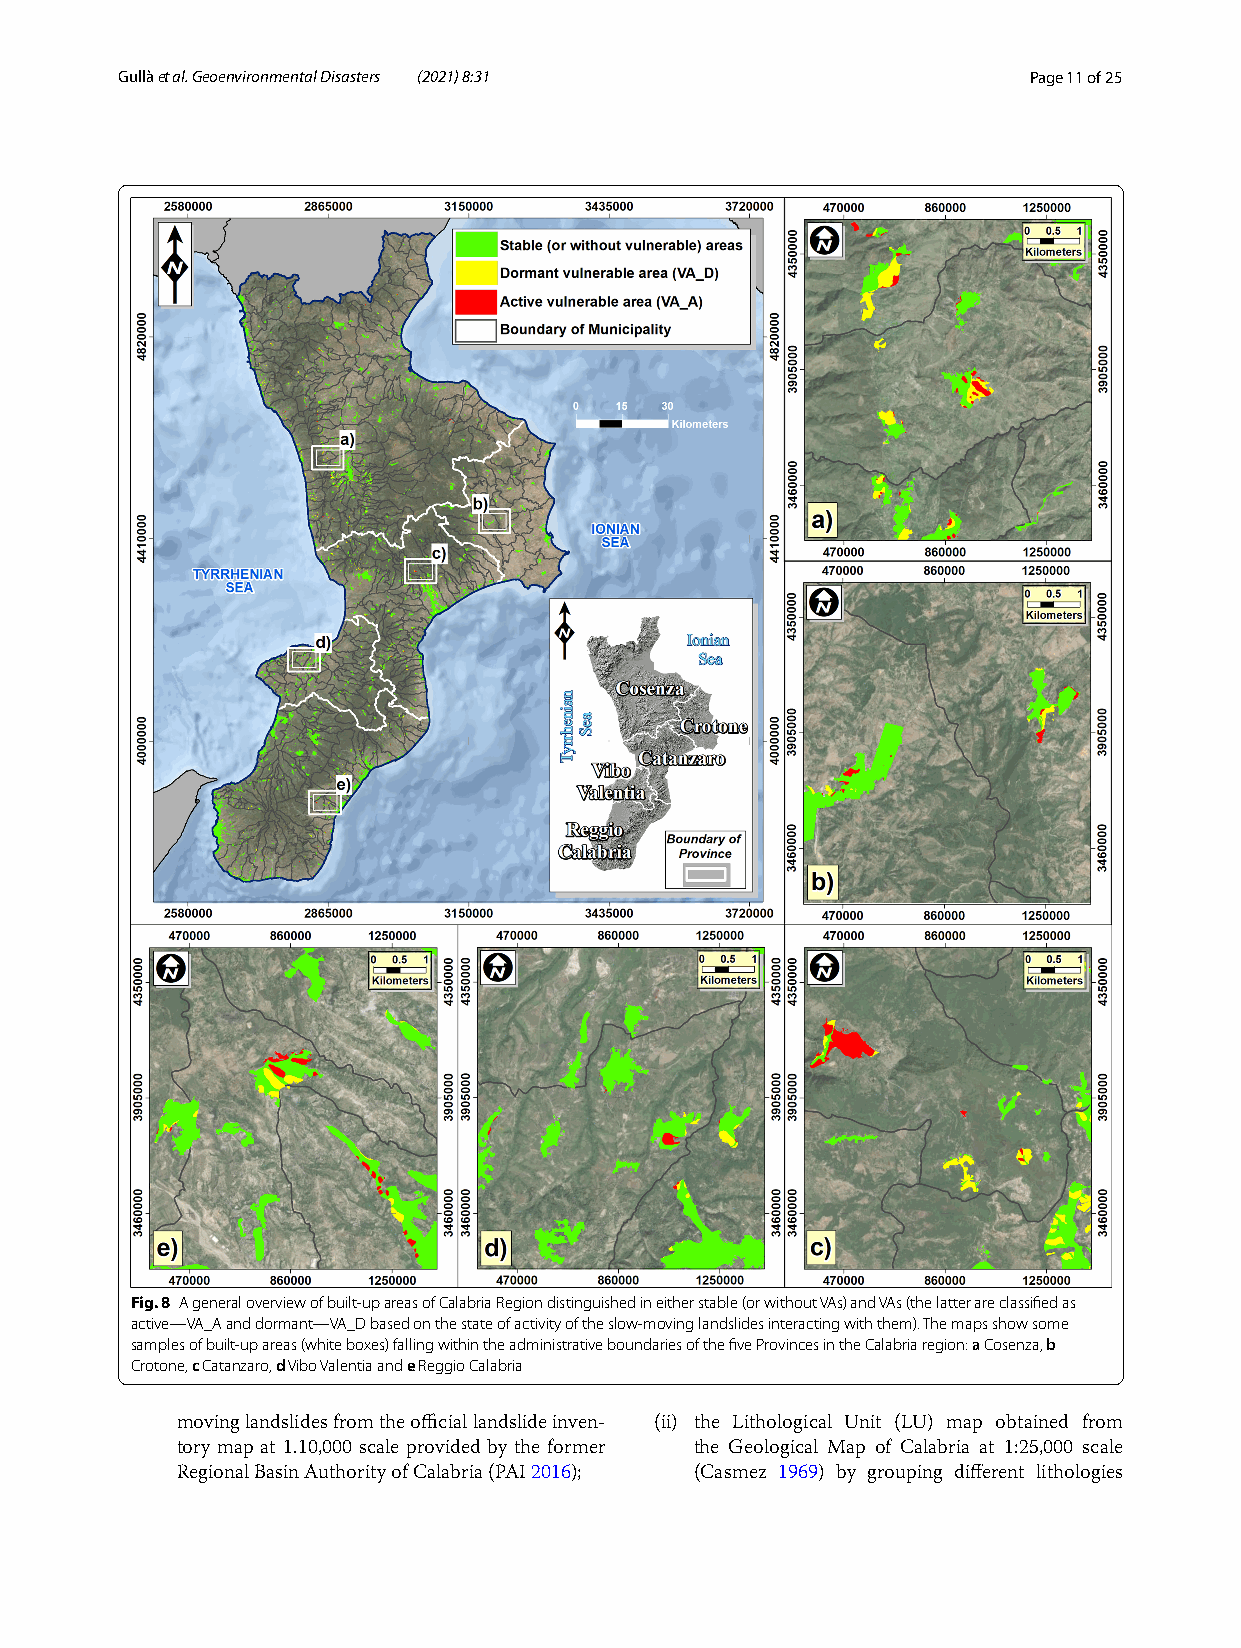
G ullà et al. Geoenvironmental Disasters (2021) 8:31        Page 11 of 25
 Fig. 8 A general overview of built-up areas of Calabria Region distinguished in either stable (or without VAs) and VAs (the latter are classified as
 active—VA_A and dormant—VA_D based on the state of activity of the slow-moving landslides interacting with them). The maps show some
 samples of built-up areas (white boxes) falling within the administrative boundaries of the five Provinces in the Calabria region: a Cosenza, b
 Crotone, c Catanzaro, d Vibo Valentia and e Reggio Calabria
 moving landslides from the official landslide inven- (ii) the Lithological Unit (LU) map obtained from
 tory map at 1.10,000 scale provided by the former the Geological Map of Calabria at 1:25,000 scale
 Regional Basin Authority of Calabria (PAI 2016); (Casmez 1969) by grouping different lithologies